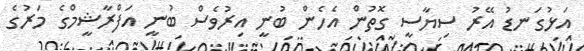
އަޅުގަނޑު އޭރު ސިޔާސީ ގޮތުން އެހެން ބުނީ އިރުވެސް ބުނީ އަފްރާޝީމްގެ މަރުގެ